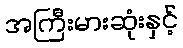
အကြီးမားဆုံးနှင့်